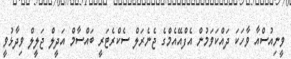
ވީނިއުސްއާ ވާހަކަ ދައްކަވަމުން އެފްއޭއެމްގެ ޖެނެރަލް ސެކްރެޓަރީ ބައްސާމް އަދީލް ޖަލީލް ވިދާޅުވީ